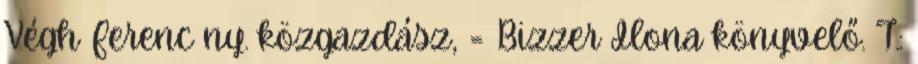
Végh Ferenc ny. közgazdász, = Bizzer Ilona könyvelő. T.: